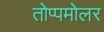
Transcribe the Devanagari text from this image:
तोप्पमोलर